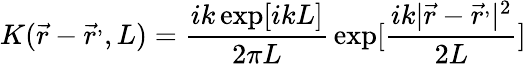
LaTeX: K({\vec{r}}-{\vec{r}}^{,},L)={\frac{ik\exp[ikL]}{2\pi L}}\exp[{\frac{ik|{\vec{r}}-{\vec{r}}^{,}|^{2}}{2L}}]